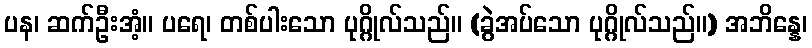
ပန၊ ဆက်ဦးအံ့။ ပရေ၊ တစ်ပါးသော ပုဂ္ဂိုလ်သည်။ (ခွဲအပ်သော ပုဂ္ဂိုလ်သည်။) အဘိန္နေ၊